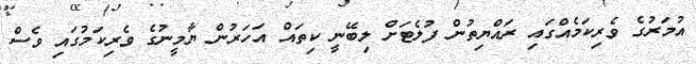
އުމަރުގެ ވެރިކަމެއްގައި ރައްޔިތުން ފުލެޓަށް ލިބޭނީ ކިތައް އަހަރުން ޔާމީނުގެ ވެރިކަމުގައި ވެސް